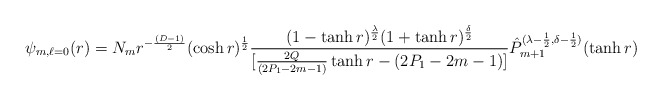
\begin{align*}\psi_{m,\ell=0}(r)=N_mr^{-\frac{(D-1)}{2}}(\cosh{r})^{\frac{1}{2}}\frac{(1-\tanh{r})^{\frac{\lambda}{2}}(1+\tanh{r})^{\frac{\delta}{2}}}{[\frac{2Q}{(2P_1-2m-1)}\tanh{r}-(2P_1-2m-1)]}\hat{P}_{m+1}^{(\lambda-\frac{1}{2},\delta-\frac{1}{2})}(\tanh{r})\end{align*}